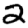
Digit: 2